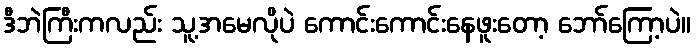
ဒီဘဲကြီးကလည်း သူ့အမေလိုပဲ ကောင်းကောင်းနေဖူးတော့ ဘော်ကြော့ပဲ။